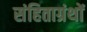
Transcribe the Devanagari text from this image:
संहिताग्रंथों